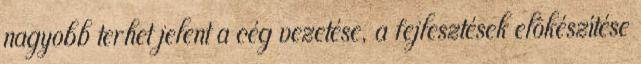
nagyobb terhet jelent a cég vezetése, a fejlesztések elôkészítése